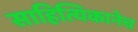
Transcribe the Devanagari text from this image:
साहित्यिकानेच